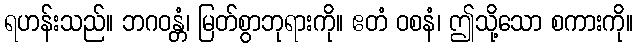
ရဟန်းသည်။ ဘဂဝန္တံ၊ မြတ်စွာဘုရားကို။ ဧတံ ဝစနံ၊ ဤသို့သော စကားကို။